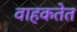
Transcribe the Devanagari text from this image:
वाहकतेत